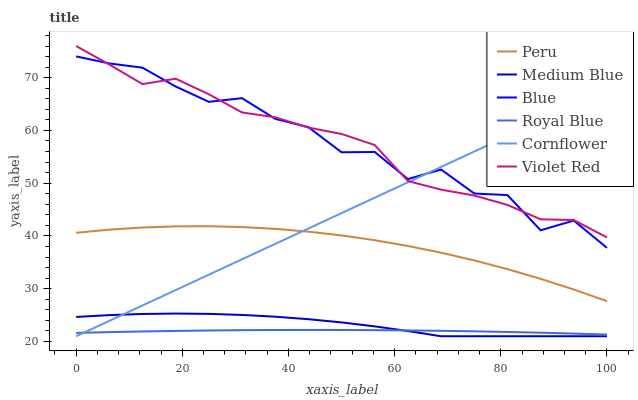
| xaxis_label | Peru | Medium Blue | Blue | Royal Blue | Cornflower | Violet Red |
 | --- | --- | --- | --- | --- | --- | --- |
 | 0 | 40.6 | 24.7 | 74 | 21.6 | 21 | 76 |
 | 6.25 | 41.2 | 25 | 72.7 | 21.8 | 23.9 | 72.5 |
 | 12.5 | 41.6 | 25.2 | 71.9 | 21.9 | 26.8 | 68.8 |
 | 18.8 | 41.8 | 25.3 | 68.3 | 22 | 29.8 | 69.8 |
 | 25 | 41.9 | 25.2 | 65.4 | 22.1 | 32.7 | 66.9 |
 | 31.2 | 41.7 | 25 | 66.1 | 22.1 | 35.6 | 63.4 |
 | 37.5 | 41.4 | 24.7 | 62.2 | 22.2 | 38.5 | 62.5 |
 | 43.8 | 40.8 | 24.2 | 60.6 | 22.2 | 41.4 | 60.5 |
 | 50 | 40.1 | 23.6 | 55.9 | 22.2 | 44.3 | 59.3 |
 | 56.2 | 39.2 | 22.9 | 55.9 | 22.2 | 47.3 | 57.2 |
 | 62.5 | 38.1 | 22 | 50.8 | 22.1 | 50.2 | 50.4 |
 | 68.8 | 36.8 | 21 | 52.6 | 22 | 53.1 | 48.8 |
 | 75 | 35.4 | 21 | 48 | 21.9 | 56 | 47.7 |
 | 81.2 | 33.7 | 21 | 47.8 | 21.8 | 58.9 | 45.9 |
 | 87.5 | 31.9 | 21 | 41.1 | 21.7 | 61.8 | 43.2 |
 | 93.8 | 29.9 | 21 | 42.9 | 21.5 | 64.8 | 43 |
 | 100 | 27.6 | 21 | 37.8 | 21.3 | 67.7 | 39.7 |